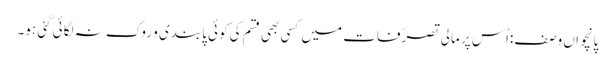
پانچواں وصف:اُس پر مالی تصرّفات میں کسی بھی قسم کی کوئی پابندی و روک نہ لگائی گئی ہو۔